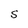
Character: S